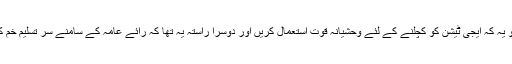
اب ان کے سامنے دو ہی راستے تھے ایک تو یہ کہ ایجی ٹیشن کو کچلنے کے لئے وحشیانہ قوت استعمال کریں اور دوسرا راستہ یہ تھا کہ رائے عامہ کے سامنے سر تسلیم خم کرنے کی کوئی باعزت صورت تلاش کر یں۔